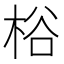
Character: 㭲